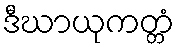
ဒီဃာယုကတ္တံ